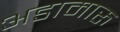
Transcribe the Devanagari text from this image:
अडामारु